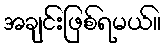
အချင်းဖြစ်ရမယ်။